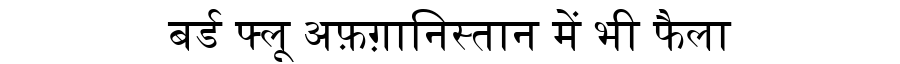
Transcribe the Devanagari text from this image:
बर्ड फ्लू अफ़ग़ानिस्तान में भी फैला